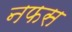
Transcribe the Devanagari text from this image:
नफस